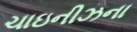
ચાઇનીઝના